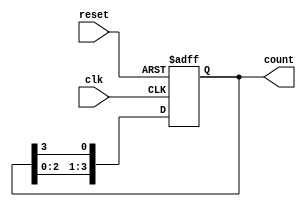
module ring_counter (
    input wire clk,          // Clock signal
    input wire reset,        // Asynchronous reset signal
    output reg [3:0] count   // 4-bit output for the ring counter
);

    // Initial state
    initial begin
        count = 4'b0001; // Start with the first flip-flop set to '1'
    end

    // Always block triggered on the rising edge of the clock or reset
    always @(posedge clk or posedge reset) begin
        if (reset) begin
            count <= 4'b0001; // Reset to initial state
        end else begin
            // Shift the '1' to the next flip-flop
            count <= {count[2:0], count[3]}; // Rotate the bits
        end
    end

endmodule